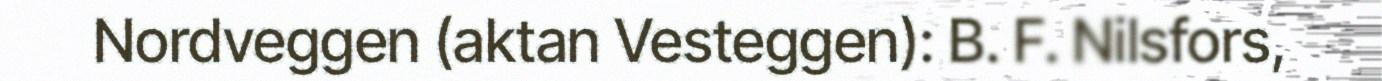
Nordveggen (aktan Vesteggen): B. F. Nilsfors,